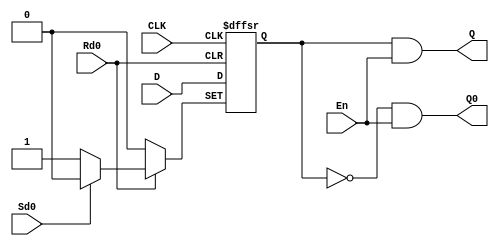
module D_Trigger_3_2( En,CLK,D,Rd0,Sd0, Q,Q0);
input CLK,D,Rd0,Sd0,En;
reg temp_Q;
wire temp_Q0;
output Q,Q0;
always @(negedge Rd0 or negedge Sd0 or posedge CLK)
	begin
	if(~Rd0) 
			temp_Q=0;
	else if(~Sd0)
			temp_Q=1;
	else if(CLK)
			temp_Q=D;
	end
assign temp_Q0=~temp_Q;
assign Q0=temp_Q0&En;
assign Q=temp_Q&En;
endmodule